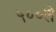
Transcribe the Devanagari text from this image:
५००ते